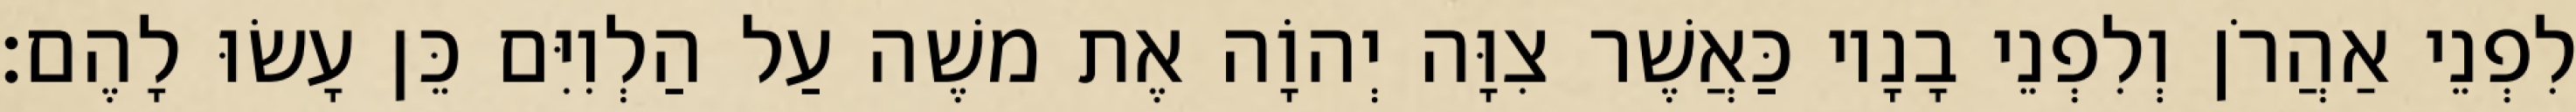
לִפְנֵי אַהֲרֹן וְלִפְנֵי בָנָיו כַּאֲשֶׁר צִוָּה יְהוָֹה אֶת משֶׁה עַל הַלְוִיִּם כֵּן עָשׂוּ לָהֶם׃